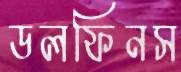
ডলফিনস